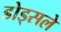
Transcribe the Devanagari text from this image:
डोड्सले